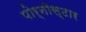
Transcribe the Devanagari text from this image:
पोर्नोस्टार